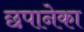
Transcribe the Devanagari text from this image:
छपानेका